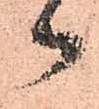
御